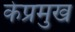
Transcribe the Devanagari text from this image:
केप्रमुख